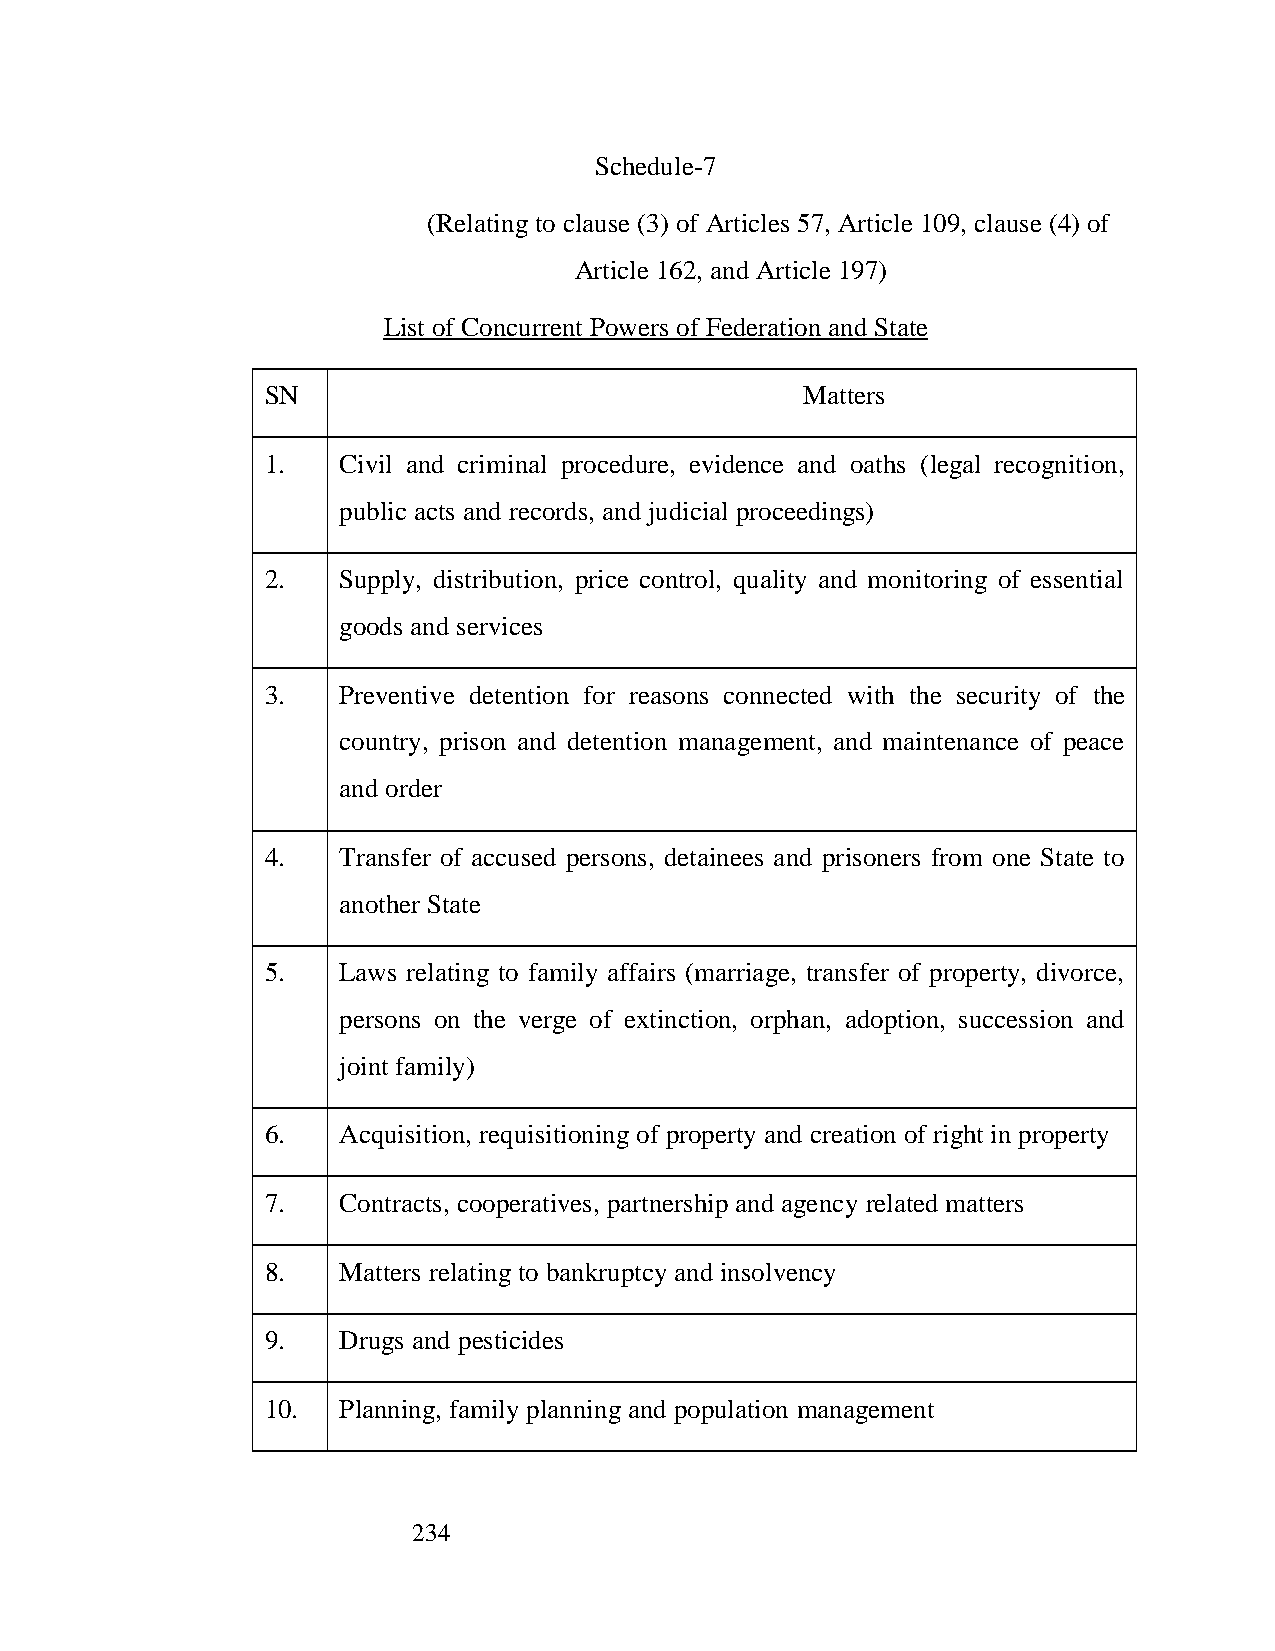
Schedule-7
 (Relating to clause (3) of Articles 57, Article 109, clause (4) of
 Article 162, and Article 197)
 List of Concurrent Powers of Federation and State
 SN                                 Matters
 1.  Civil and criminal procedure, evidence and oaths (legal recognition,
 public acts and records, and judicial proceedings)
 2.  Supply, distribution, price control, quality and monitoring of essential
 goods and services
 3.  Preventive detention for reasons connected with the security of the
 country, prison and detention management, and maintenance of peace
 and order
 4.  Transfer of accused persons, detainees and prisoners from one State to
 another State
 5.  Laws relating to family affairs (marriage, transfer of property, divorce,
 persons on the verge of extinction, orphan, adoption, succession and
 joint family)
 6.  Acquisition, requisitioning of property and creation of right in property
 7.  Contracts, cooperatives, partnership and agency related matters
 8.  Matters relating to bankruptcy and insolvency
 9.  Drugs and pesticides
 10. Planning, family planning and population management
 234